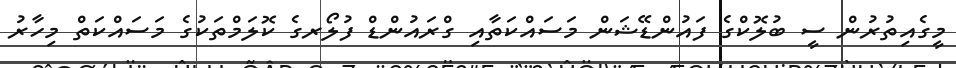
މީގެއިތުރުން ސީ ބުލޮކްގެ ފައުންޑޭޝަން މަސައްކަތާއި ގްރައުންޑް ފުލޯރގެ ކޮލަމްތަކުގެ މަސައްކަތް މިހާރު